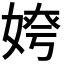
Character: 𡝻